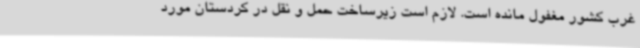
غرب کشور مغفول مانده است. لازم است زیرساخت حمل و نقل در کردستان مورد